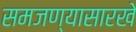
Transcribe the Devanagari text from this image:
समजण्यासारखे